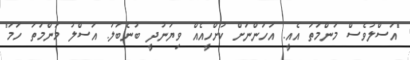
"އަސްލުވެސް މަންމަތަ އެއީ. އަހަންނަށް ކުށްހީއެއް ވިޔަނުދީ ބުނެބަލަ. އަސްލު މަންމަތަ ހަމަ"